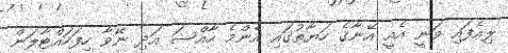
ލިއެފައި ވަނީ އެއީ އޭނާގެ ހަޔާތުގައި އެންމެ ހާއްސަ އަދި ނޭވާ ހިފަހައްޓާލަން